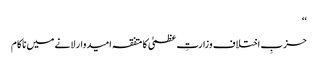
‘‘
حزبِ اختلاف وزارتِ عظمیٰ کا متفقہ امیدوار لانے میں ناکام